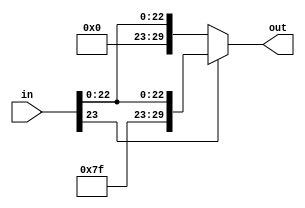
module bitExtensionJump(in, out);
        input [0:23] in;
        output reg [0:29] out;
        always@(in) begin
                if (in[0] ==1) begin
                        out = {6'b111111, in};
                end else begin
                        out = {6'b000000, in};
                end
        end
endmodule